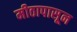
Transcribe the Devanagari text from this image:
मीठापासून